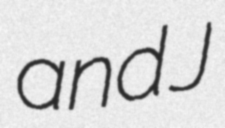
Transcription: and J